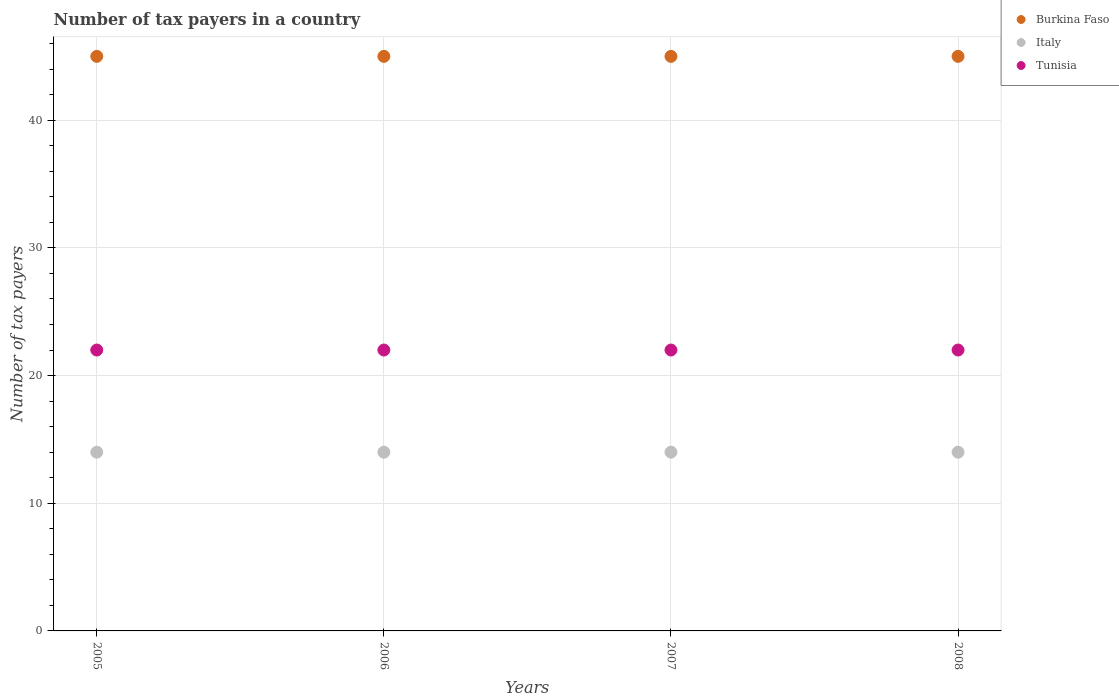
| Years | Burkina Faso | Italy | Tunisia |
 | --- | --- | --- | --- |
 | 2005 | 45 | 14 | 22 |
 | 2006 | 45 | 14 | 22 |
 | 2007 | 45 | 14 | 22 |
 | 2008 | 45 | 14 | 22 |